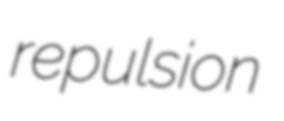
repulsion